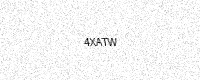
Text: 4XATW